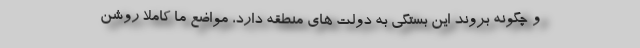
و چگونه بروند این بستگی به دولت های منطقه دارد، مواضع ما کاملا روشن